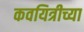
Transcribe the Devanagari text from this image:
कवयित्रीच्या